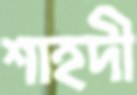
শাহদী